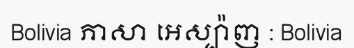
Bolivia ភាសា អេស្ប៉ាញ : Bolivia